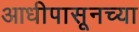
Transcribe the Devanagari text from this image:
आधीपासूनच्या